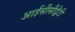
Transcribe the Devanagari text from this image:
आईसीसीट्वेंटी